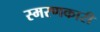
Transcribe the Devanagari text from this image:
स्मरणकारी